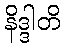
နိဒ္ဒါတိ